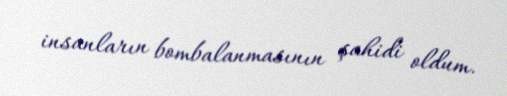
insanların bombalanmasının şahidi oldum.